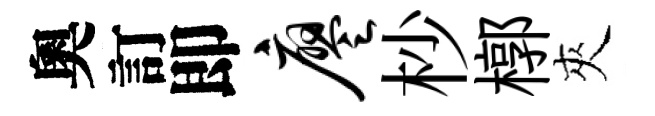
奧訂即廖杪槨夾